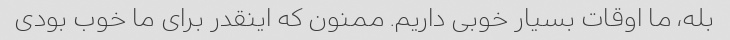
بله، ما اوقات بسیار خوبی داریم. ممنون که اینقدر برای ما خوب بودی